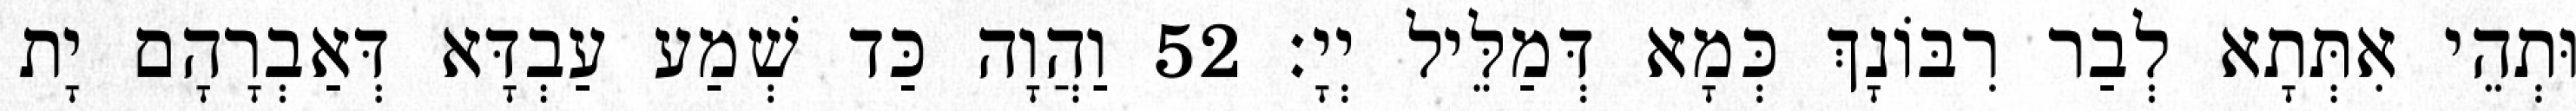
וּתְהֵי אִתְּתָא לְבַר רִבּוֹנָךְ כְּמָא דְּמַלֵּיל יְיָ׃ 52 וַהֲוָה כַּד שְׁמַע עַבְדָּא דְּאַבְרָהָם יָת